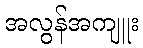
အလွန်အကျူး